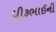
ધીરૂભાઈની